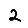
Digit: 2